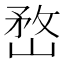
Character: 嵍